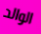
الوالد